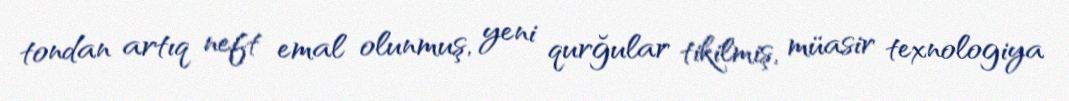
tondan artıq neft emal olunmuş, yeni qurğular tikilmiş, müasir texnologiya